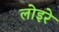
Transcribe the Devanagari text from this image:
लोइरे